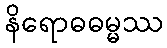
နိရောဓဓမ္မဿ